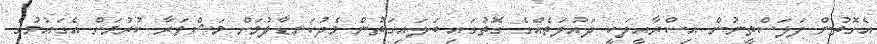
އެގޮތުން ފަލަސްތީނުން އިސްރާއީލަކީ ދައުލަތެއްގެ ގޮތުގައި ބަލައިގަތުން މެދުކަނޑާލުމަށް މަޝްވަރާ ކުރުމަށް އެގައުމުގެ